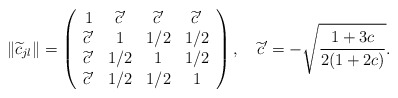
\begin{align*} \|\widetilde{c}_{jl}\| = \left(\begin{array}{cccc} 1 & \widetilde{c}' & \widetilde{c}' & \widetilde{c}' \\ \widetilde{c}' & 1 & 1/2 & 1/2 \\ \widetilde{c}' & 1/2 & 1 & 1/2 \\ \widetilde{c}' & 1/2 & 1/2 & 1 \end{array} \right) ,\quad\widetilde{c}' = - \sqrt{\frac{1+3c}{2(1+2c)}} .\end{align*}